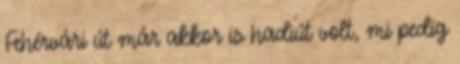
Fehérvári út már akkor is hadiút volt, mi pedig